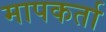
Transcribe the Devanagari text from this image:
मापकर्ता